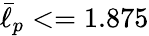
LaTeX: \bar{\ell}_{p}<=1.875